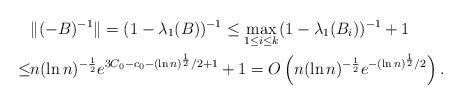
LaTeX: \begin{align*}&\|(-B)^{-1}\|=(1-\lambda_1(B))^{-1}\leq\max_{1\leq i\leq k}(1-\lambda_1(B_i))^{-1}+1 \\ \leq& n(\ln n)^{-\frac{1}{2}}e^{3C_0-c_0-(\ln n)^{\frac{1}{2}}/2+1}+1=O\left(n(\ln n)^{-\frac{1}{2}}e^{-(\ln n)^{\frac{1}{2}}/2}\right).\end{align*}